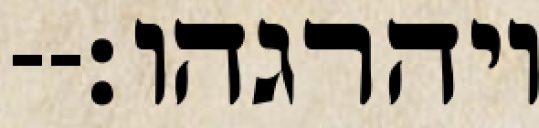
ויהרגהו׃--